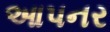
આપનર